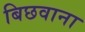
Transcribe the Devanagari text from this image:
बिछवाना